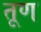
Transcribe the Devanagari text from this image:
तूण